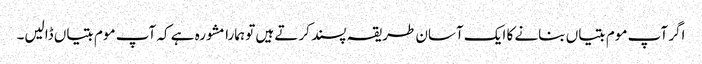
اگر آپ موم بتیاں بنانے کا ایک آسان طریقہ پسند کرتے ہیں تو ہمارا مشورہ ہے کہ آپ موم بتیاں ڈالیں۔